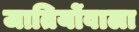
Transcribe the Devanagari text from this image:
जातियोंवाला